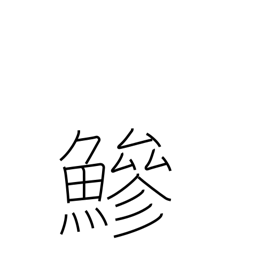
Meaning: horse mackerel